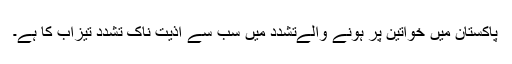
پاکستان میں خواتین پر ہونے والےتشدد میں سب سے اذیت ناک تشدد تیزاب کا ہے۔